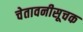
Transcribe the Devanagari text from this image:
चेतावनीसूचक